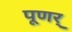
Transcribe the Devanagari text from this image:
पूणर्